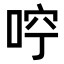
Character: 𠳽